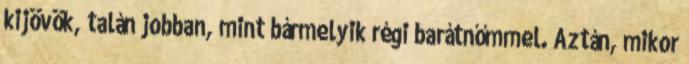
kijövök, talán jobban, mint bármelyik régi barátnőmmel. Aztán, mikor